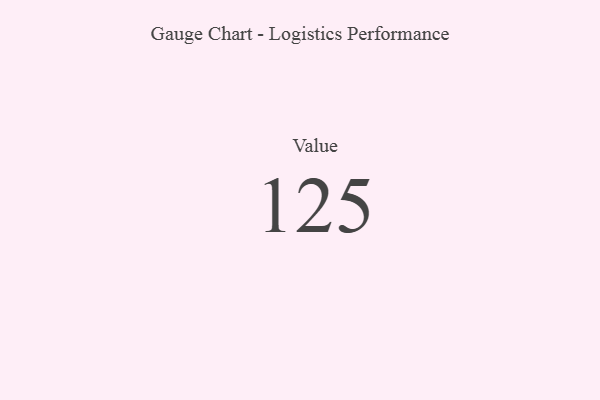
{"axis": {"x": "Metric", "y": "Value"}, "legend": [""], "data": [{"x": "Value", "y": 125, "type": ""}]}